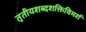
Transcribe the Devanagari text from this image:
तृतीयशब्दशक्तिविमर्श